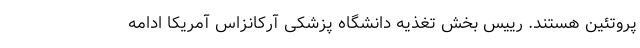
پروتئین هستند. رییس بخش تغذیه دانشگاه پزشکی آرکانزاس آمریکا ادامه